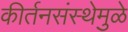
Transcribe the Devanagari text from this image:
कीर्तनसंस्थेमुळे